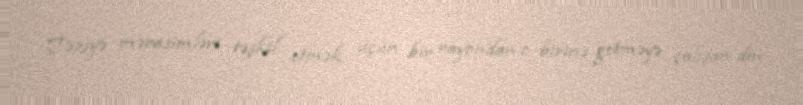
Təziyə mərasimləri təşkil etmək üçün bir rayondan o birinə getməyə çalışan din